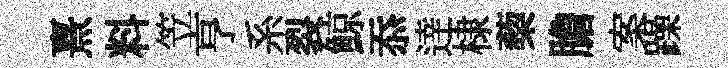
熹料笠亨系裂鯨忝逹棣蔾膽案躁